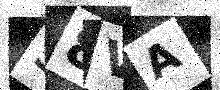
Text: S8VA